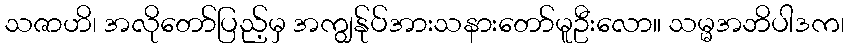
သဇာဟိ၊ အလိုတော်ပြည့်မှ အကျွန်ုပ်အားသနားတော်မူဦးလော။ သမ္မအဘိပါဒက၊